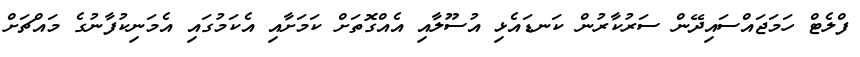
ފްލެޓް ހަމަޖައްސައިދޭން ސަރުކާރުން ކަނޑައެޅި އުސޫލާއި އެއްގޮތަށް ކަމަށާއި އެކަމުގައި އެމަނިކުފާނުގެ މައްޗަށް